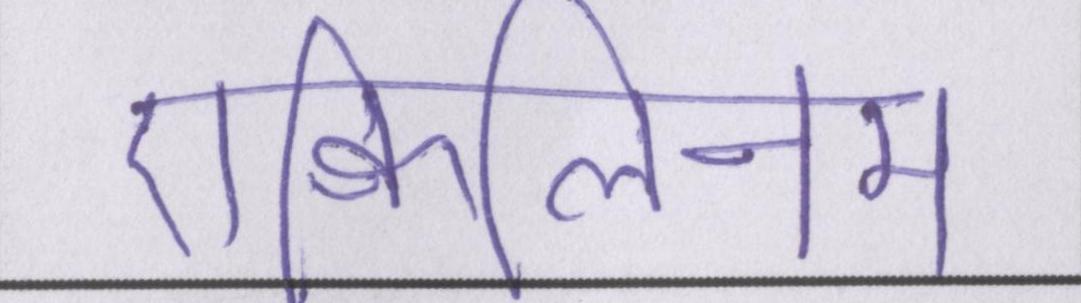
एक्विलिनम